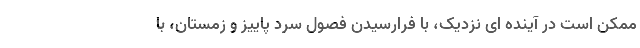
ممکن است در آینده ای نزدیک، با فرارسیدن فصول سرد پاییز و زمستان، با